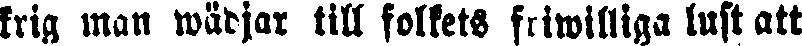
krig man wädjar till folkets friwilliga lust att